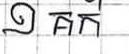
១ គក់